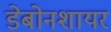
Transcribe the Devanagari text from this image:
डेबोनशायर